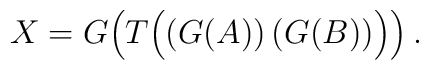
X=G\Big (T \Big ((G(A))\,(G(B))\Big )\Big )\,.